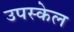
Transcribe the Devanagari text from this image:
उपस्केल